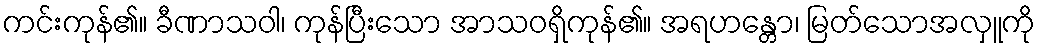
ကင်းကုန်၏။ ခီဏာသဝါ၊ ကုန်ပြီးသော အာသဝရှိကုန်၏။ အရဟန္တော၊ မြတ်သောအလှူကို